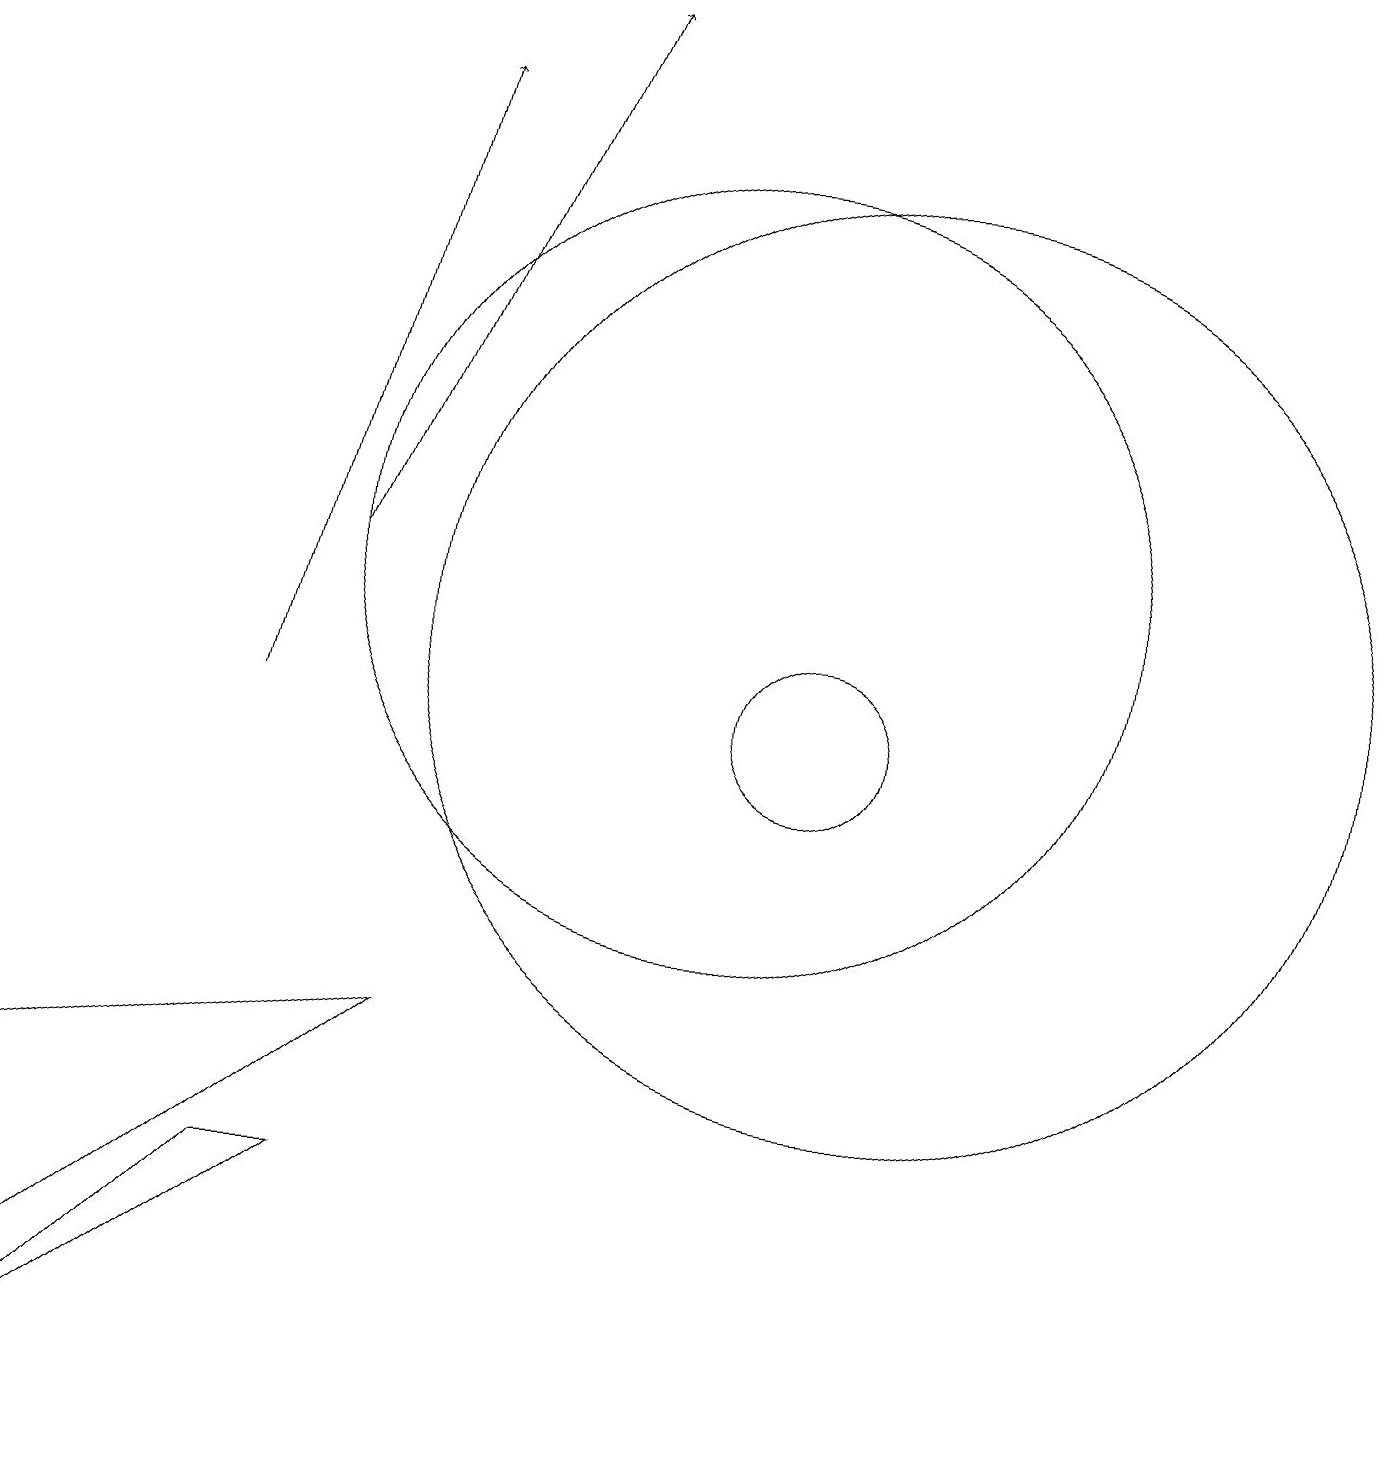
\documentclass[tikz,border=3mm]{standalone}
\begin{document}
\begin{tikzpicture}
\draw[->] (5,12) -- (8,19);
\draw (12,11) circle (6);
\draw[->] (4,10) -- (6,18);
\draw (11,10) circle (1);
\draw (1,2) -- (1,5) -- (6,6) -- cycle;
\draw (4,4) -- (1,1) -- (5,4) -- cycle;
\draw (10,12) circle (5);
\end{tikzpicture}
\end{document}